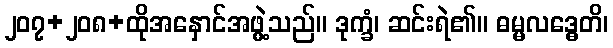
၂၀၇+၂၀၈+ထိုအနှောင်အဖွဲ့သည်။ ဒုက္ခံ၊ ဆင်းရဲ၏။ ဓမ္မလဒ္ဓေတိ၊